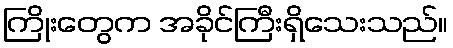
ကြိုးတွေက အခိုင်ကြီးရှိသေးသည်။